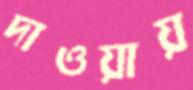
দাওয়ায়